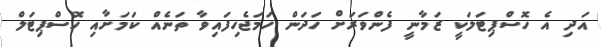
އަދި އެ ހޮސްޕިޓަލަކީ ޒަމާނީ ފެންވަރަށް ހަދަން ހަމަޖެހިފައިވާ ތަނެއް ކަމަށާއި ހޮސްޕިޓަލް